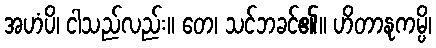
အဟံပိ၊ ငါသည်လည်း။ တေ၊ သင်ဘခင်၏။ ဟိတာနုကမ္ပိ၊